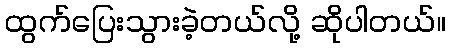
ထွက်ပြေးသွားခဲ့တယ်လို့ ဆိုပါတယ်။